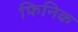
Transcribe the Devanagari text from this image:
फिनिक